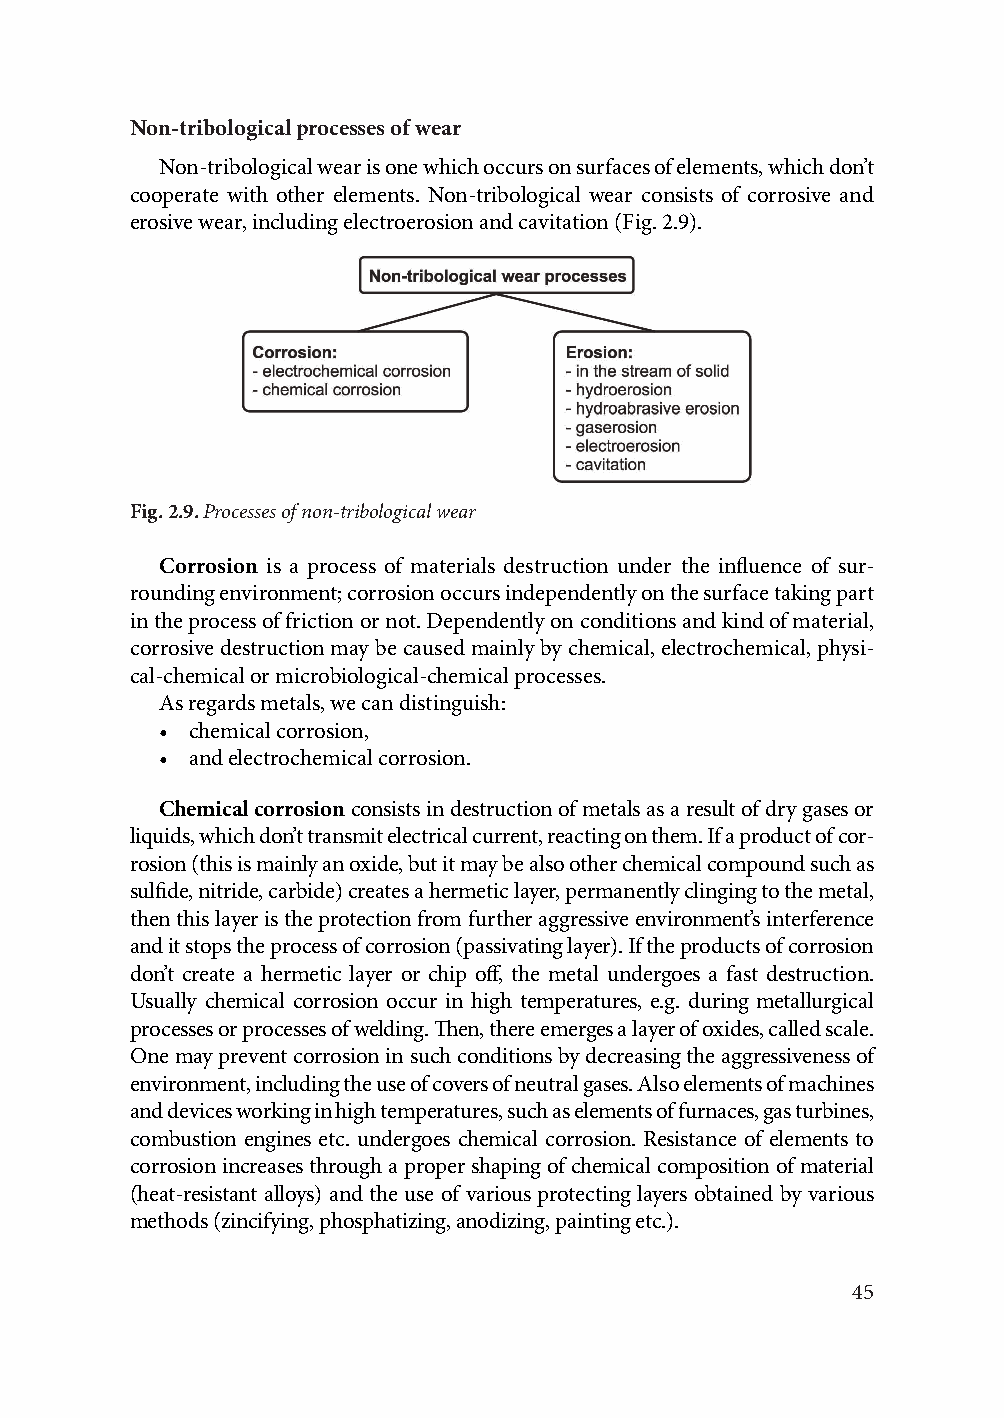
Non-tribological processes of wear
 Non-tribological wear is one which occurs on surfaces of elements, which don’t
 cooperate with other elements. Non-tribological wear consists of corrosive and
 erosive wear, including electroerosion and cavitation (Fig. 2.9).
 Fig. 2.9. Processes of non-tribological wear
 Corrosion is a process of materials destruction under the influence of sur-
 rounding environment; corrosion occurs independently on the surface taking part
 in the process of friction or not. Dependently on conditions and kind of material,
 corrosive destruction may be caused mainly by chemical, electrochemical, physi-
 cal-chemical or microbiological-chemical processes.
 As regards metals, we can distinguish:
 • chemical corrosion,
 • and electrochemical corrosion.
 Chemical corrosion consists in destruction of metals as a result of dry gases or
 liquids, which don’t transmit electrical current, reacting on them. If a product of cor-
 rosion (this is mainly an oxide, but it may be also other chemical compound such as
 sulfide, nitride, carbide) creates a hermetic layer, permanently clinging to the metal,
 then this layer is the protection from further aggressive environment’s interference
 and it stops the process of corrosion (passivating layer). If the products of corrosion
 don’t create a hermetic layer or chip off, the metal undergoes a fast destruction.
 Usually chemical corrosion occur in high temperatures, e.g. during metallurgical
 processes or processes of welding. Then, there emerges a layer of oxides, called scale.
 One may prevent corrosion in such conditions by decreasing the aggressiveness of
 environment, including the use of covers of neutral gases. Also elements of machines
 and devices working in high temperatures, such as elements of furnaces, gas turbines,
 combustion engines etc. undergoes chemical corrosion. Resistance of elements to
 corrosion increases through a proper shaping of chemical composition of material
 (heat-resistant alloys) and the use of various protecting layers obtained by various
 methods (zincifying, phosphatizing, anodizing, painting etc.).
 45